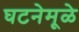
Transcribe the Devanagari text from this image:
घटनेमूळे